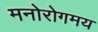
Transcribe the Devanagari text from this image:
मनोरोगमय